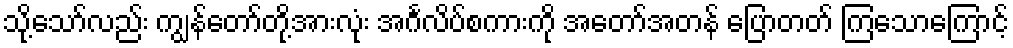
သို့သော်လည်း ကျွန်တော်တို့အားလုံး အင်္ဂလိပ်စကားကို အတော်အတန် ပြောတတ် ကြသောကြောင့်